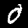
Label: 0